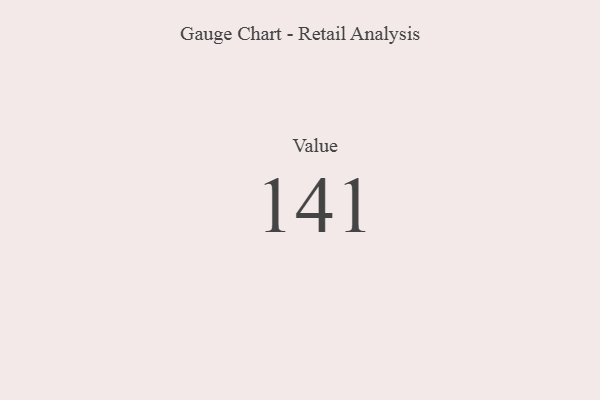
{"axis": {"x": "Metric", "y": "Value"}, "legend": [""], "data": [{"x": "Value", "y": 141, "type": ""}]}